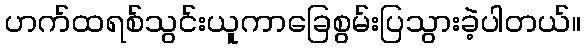
ဟက်ထရစ်သွင်းယူကာခြေစွမ်းပြသွားခဲ့ပါတယ်။